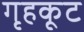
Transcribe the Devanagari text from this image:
गृहकूट